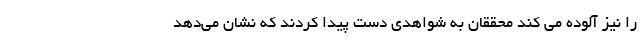
را نیز آلوده می کند محققان به شواهدی دست پیدا کردند که نشان می‌دهد